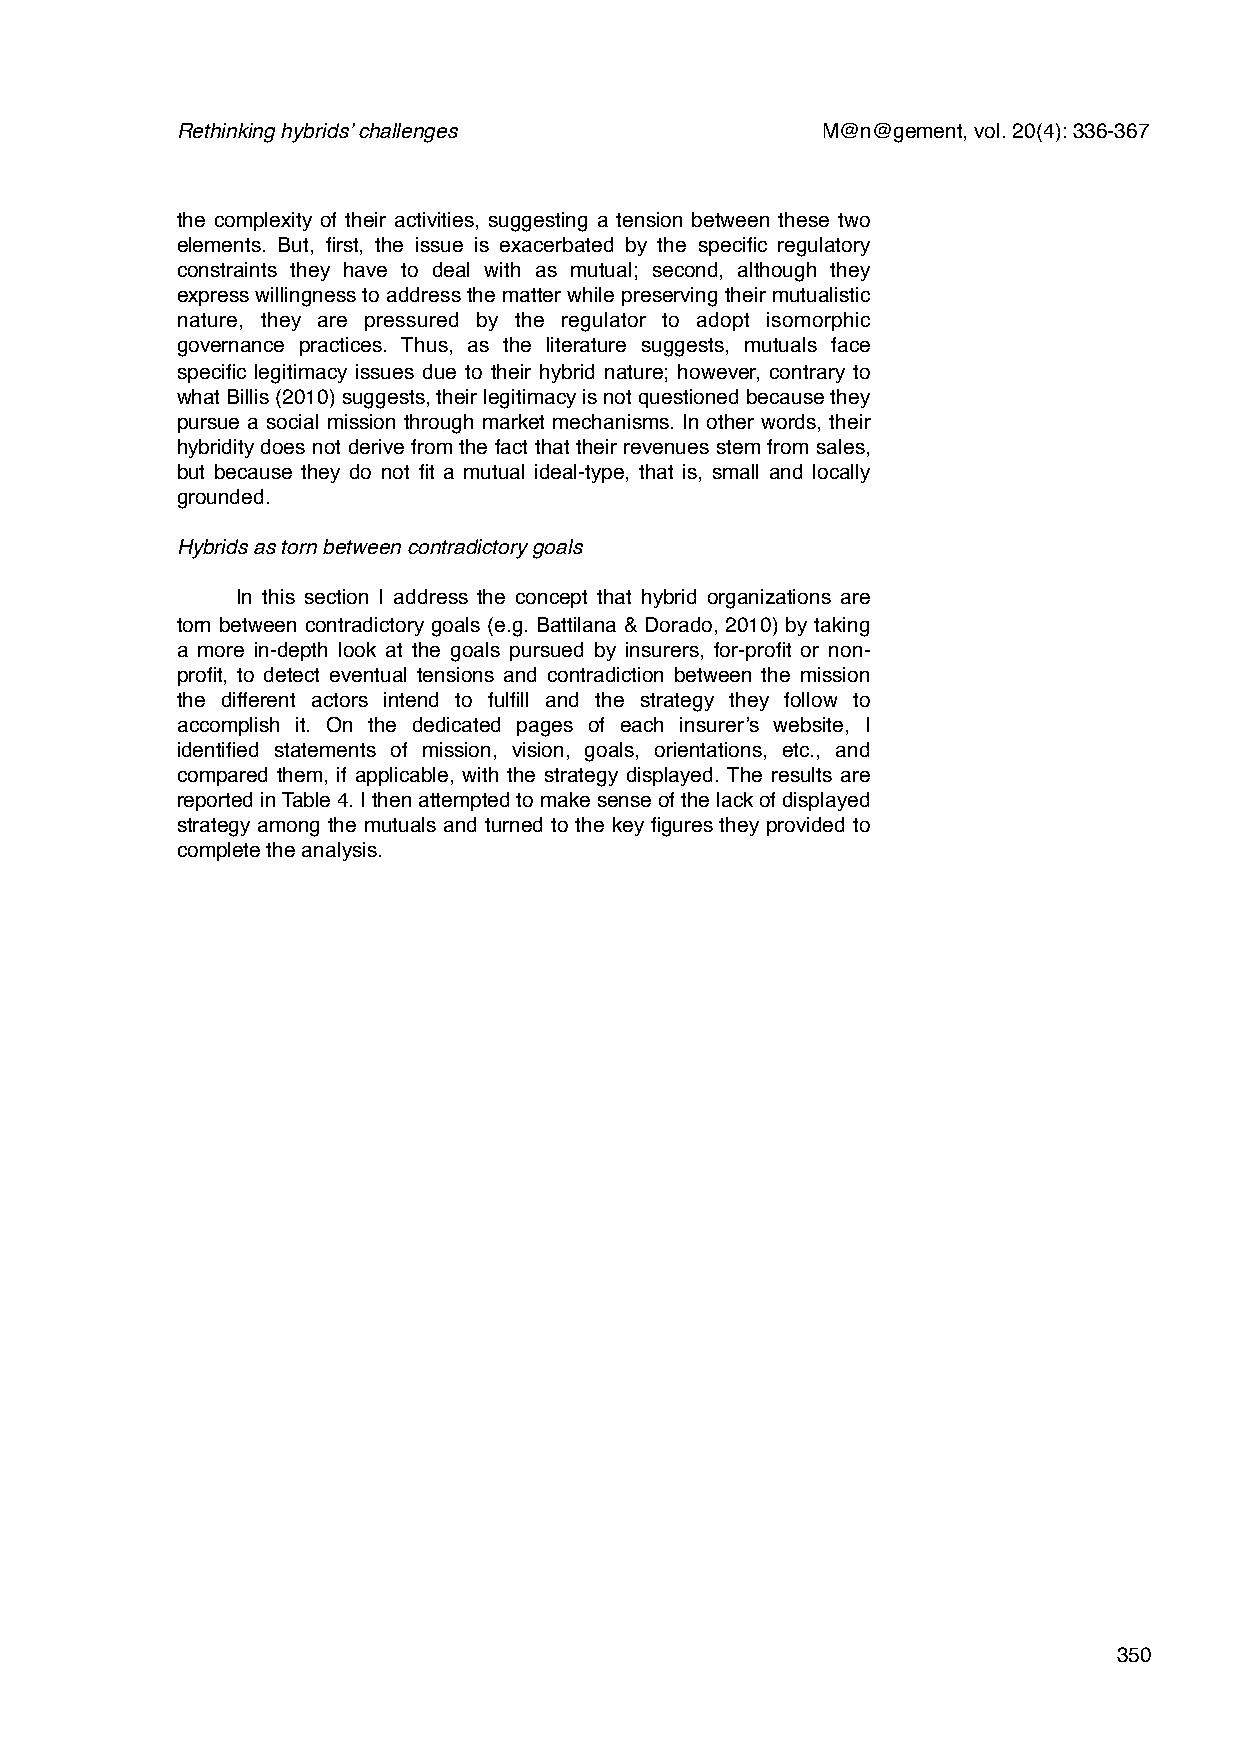
Rethinking hybrids’ challenges            M@n@gement, vol. 20(4): 336-367
 the complexity of their activities, suggesting a tension between these two
 elements. But, first, the issue is exacerbated by the specific regulatory
 constraints they have to deal with as mutual; second, although they
 express willingness to address the matter while preserving their mutualistic
 nature, they are pressured by the regulator to adopt isomorphic
 governance practices. Thus, as the literature suggests, mutuals face
 specific legitimacy issues due to their hybrid nature; however, contrary to
 what Billis (2010) suggests, their legitimacy is not questioned because they
 pursue a social mission through market mechanisms. In other words, their
 hybridity does not derive from the fact that their revenues stem from sales,
 but because they do not fit a mutual ideal-type, that is, small and locally
 grounded.
 Hybrids as torn between contradictory goals
 In this section I address the concept that hybrid organizations are
 torn between contradictory goals (e.g. Battilana & Dorado, 2010) by taking
 a more in-depth look at the goals pursued by insurers, for-profit or non-
 profit, to detect eventual tensions and contradiction between the mission
 the different actors intend to fulfill and the strategy they follow to
 accomplish it. On the dedicated pages of each insurer’s website, I
 identified statements of mission, vision, goals, orientations, etc., and
 compared them, if applicable, with the strategy displayed. The results are
 reported in Table 4. I then attempted to make sense of the lack of displayed
 strategy among the mutuals and turned to the key figures they provided to
 complete the analysis.
 350